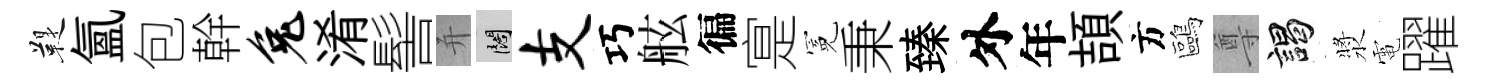
鞮氳包幹兔淆髻并闊支巧舷徧寔冕秉臻外年頡方鷗尊謁漿電躍